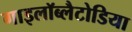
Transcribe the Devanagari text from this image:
गाइलॉब्लैटोडिया